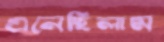
এনেছিলাম